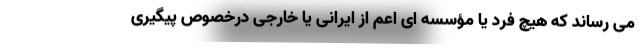
می رساند که هیچ فرد یا مؤسسه ای اعم از ایرانی یا خارجی درخصوص پیگیری